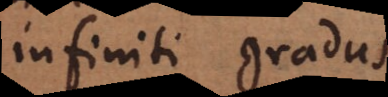
infiniti gradus